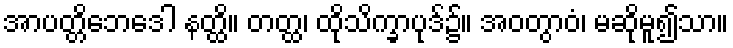
အာပတ္တိဘေဒေါ နတ္ထိ။ တတ္ထ၊ ထိုသိက္ခာပုဒ်၌။ အဝတွာဝံ၊ မဆိုမူ၍သာ။